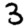
Digit: 3